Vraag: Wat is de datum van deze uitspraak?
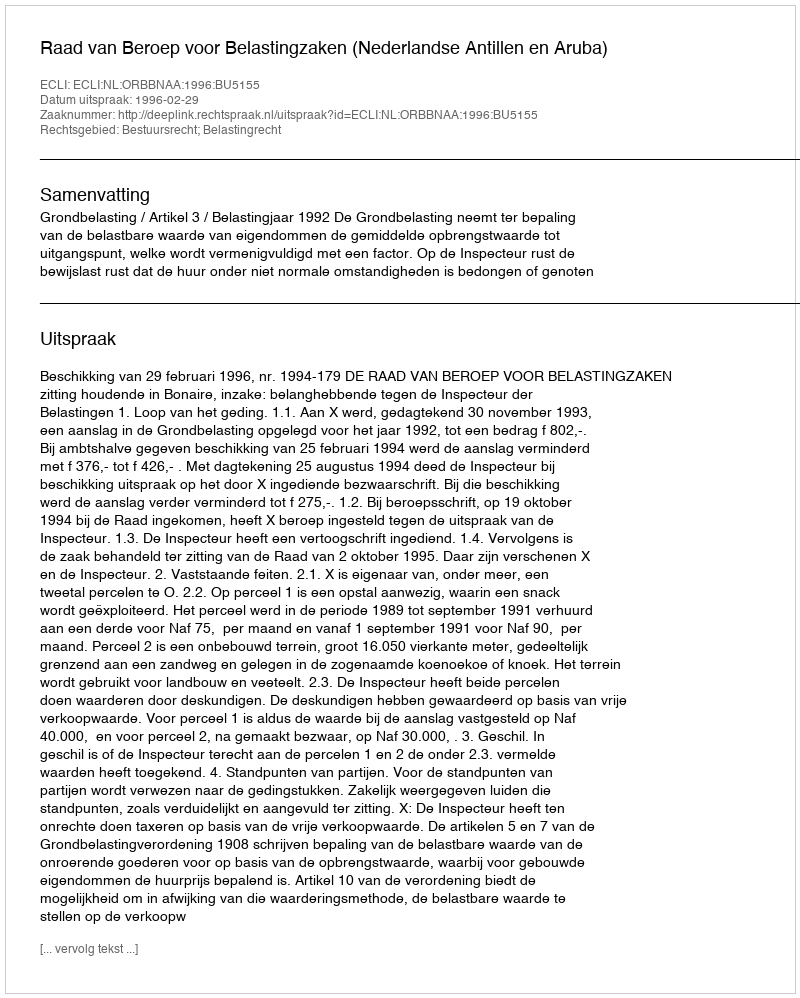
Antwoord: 1996-02-29